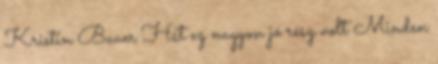
Kristin Bauer Hát ez nagyon jó rész volt Minden